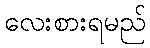
လေးစားရမည်